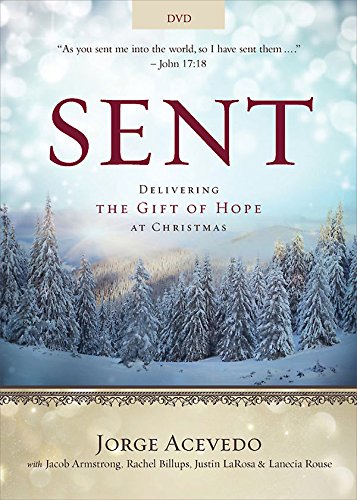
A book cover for Sent DVD: Delivering the Gift of Hope at Christmas (Sent Advent series); Jorge Acevedo; Christian Books & Bibles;